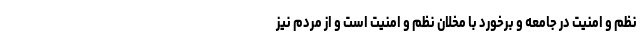
نظم و امنیت در جامعه و برخورد با مخلان نظم و امنیت است و از مردم نیز